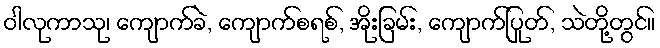
ဝါလုကာသု၊ ကျောက်ခဲ, ကျောက်စရစ်, အိုးခြမ်း, ကျောက်ပြုတ်, သဲတို့တွင်။